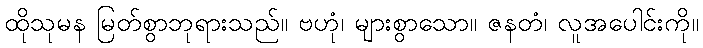
ထိုသုမန မြတ်စွာဘုရားသည်။ ဗဟုံ၊ များစွာသော။ ဇနတံ၊ လူအပေါင်းကို။